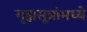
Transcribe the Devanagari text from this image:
गृह्यसूत्रांमध्ये